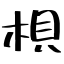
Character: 梖